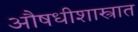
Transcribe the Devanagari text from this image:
औषधीशास्त्रात